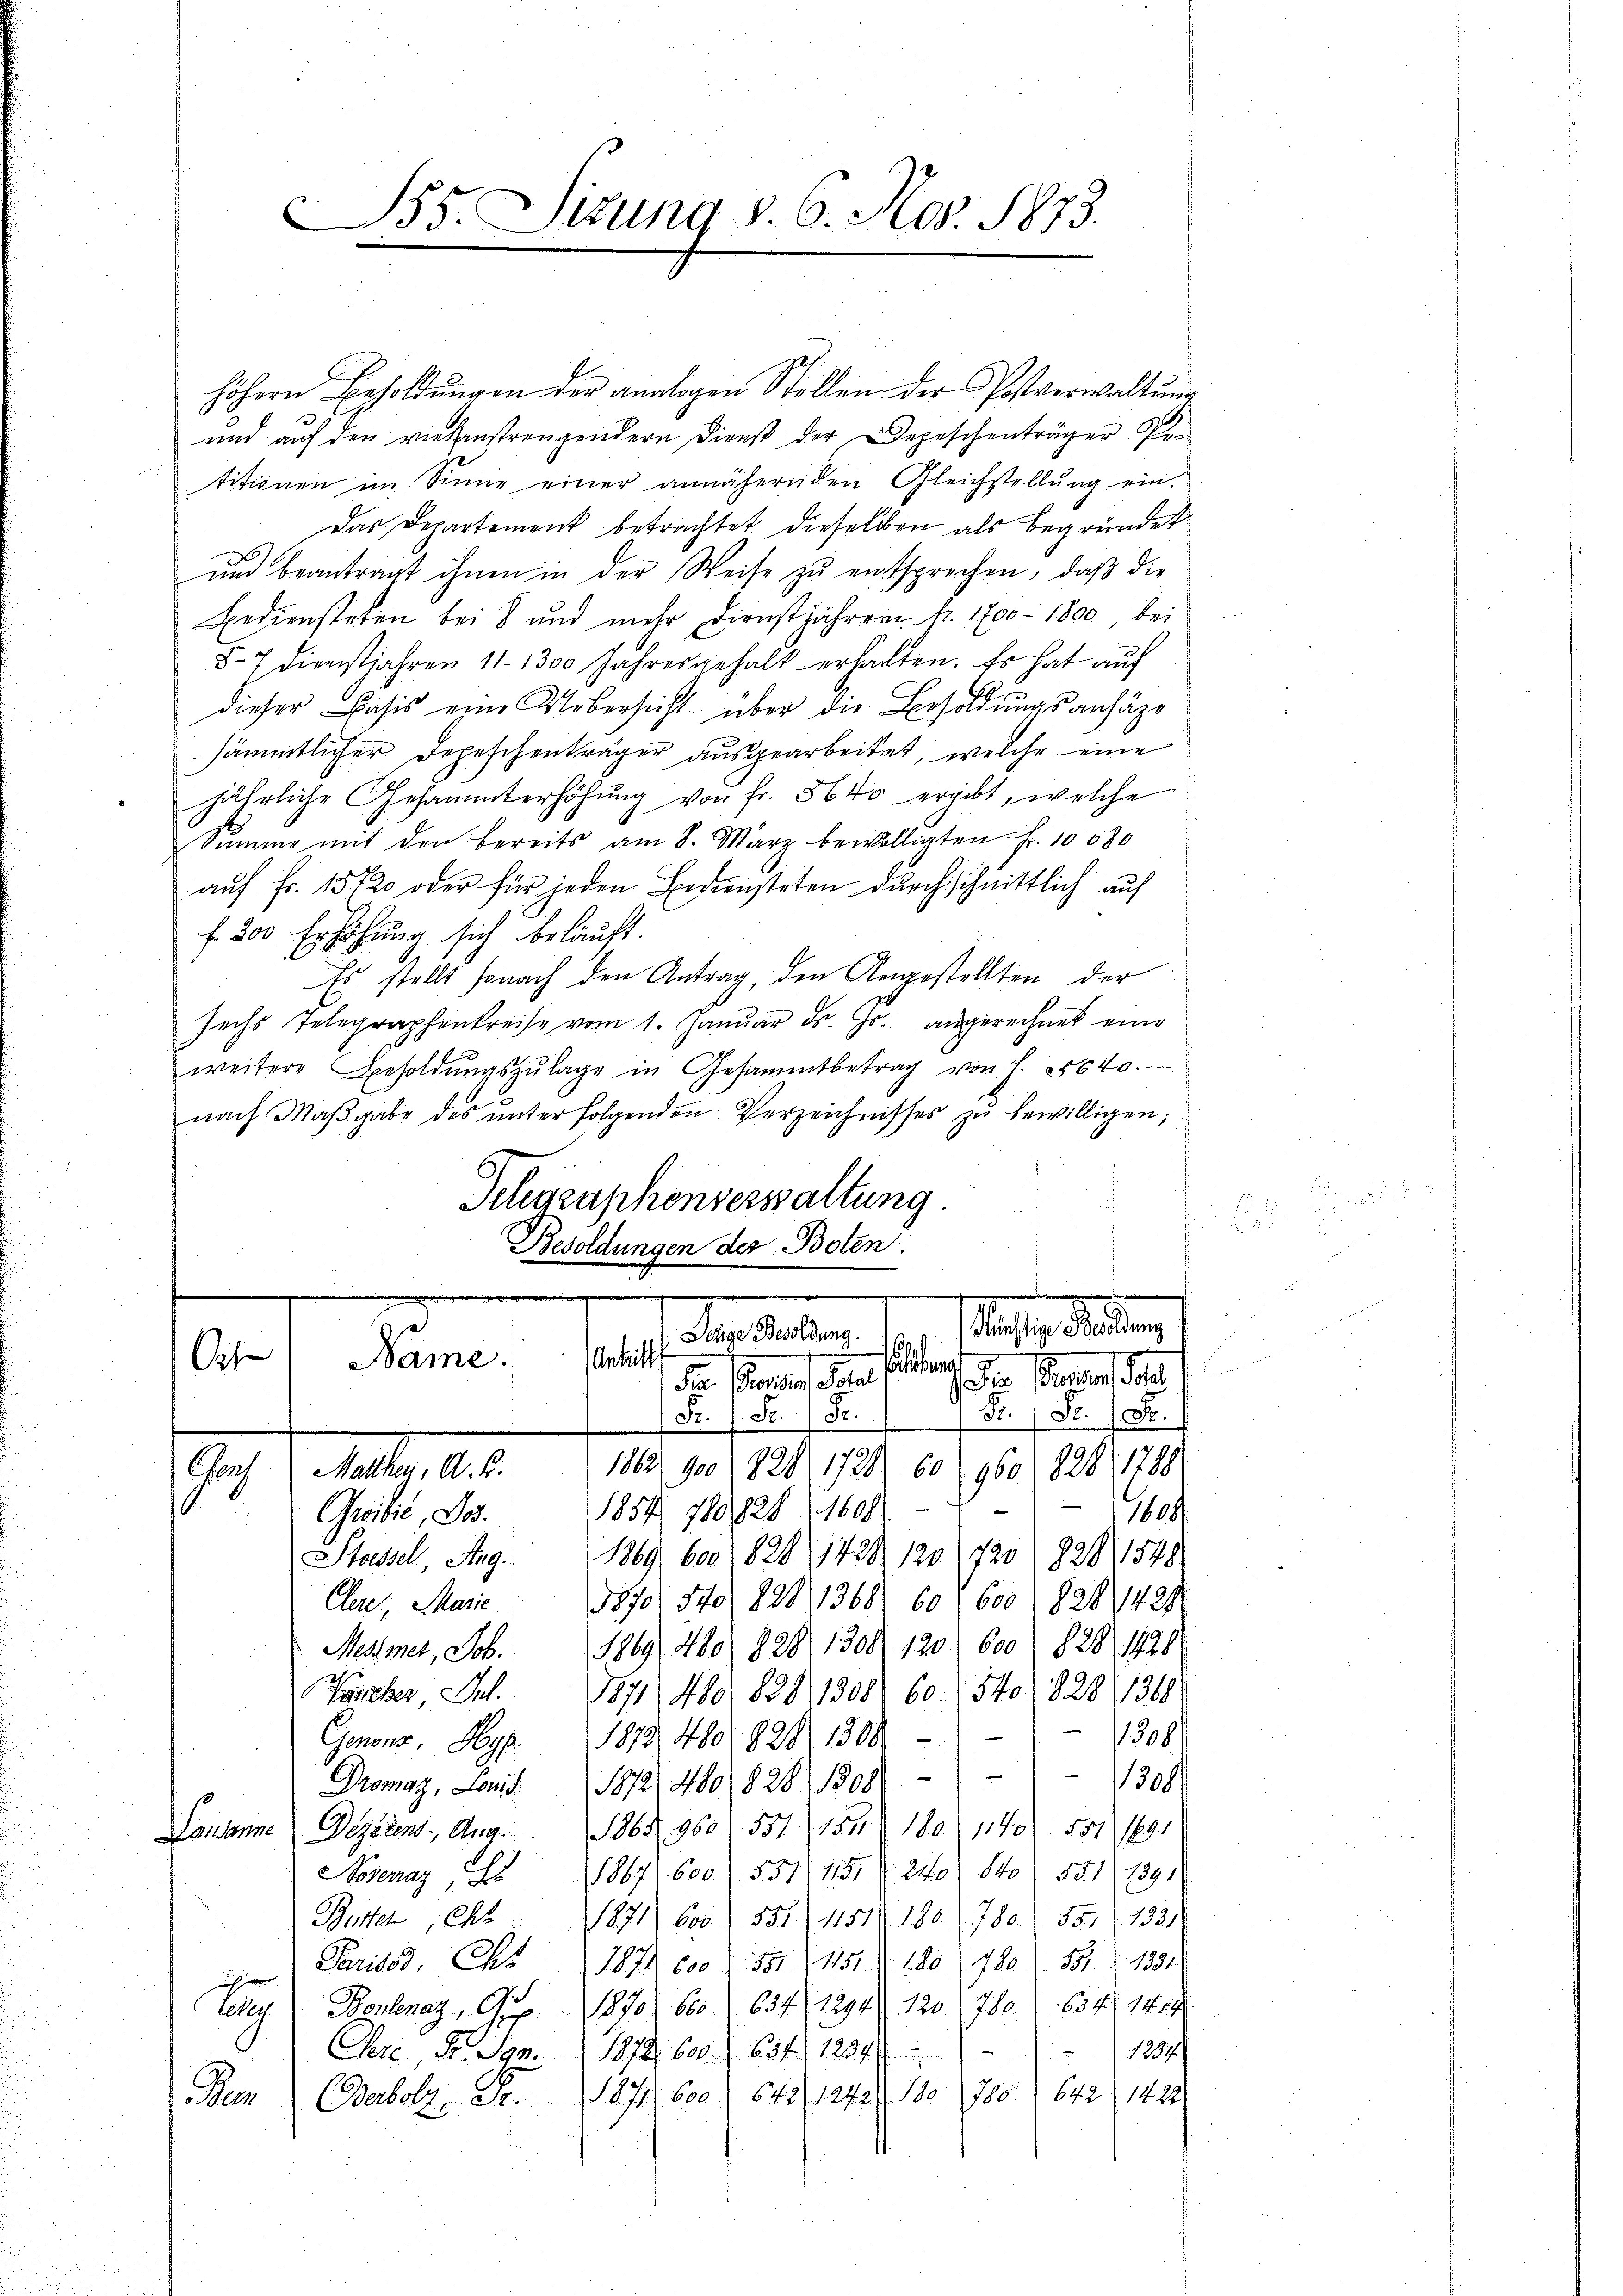
B35. Sizung v. 6. Mos. 1873.
e

höhern Besoldŭngen der analogen Stellen der Postverwaltŭng
und auf den vielenstrengendern Dienst der Depeschenträger Petitionen im Sinne einer annähernden Gleichstellŭng ein
Das Departement betrachtet dieselben als begründet
und beantragt ihnen in der Weise zu entsprochen, daß die
Bediensteten bei 8 und mehr Dienstjahren fr. 1700 - 1800 bei
87 dienstjahren 11. 1300 Jahresgehalt erhalten. Es hat auf
dieser Basis eine Uebersicht über die Besoldungsansäze
sämmtlicher Depeschenträger ausgearbeitet, welche eine
jährliche Gesammterhöhung von fr. 5640 ergibt, welche
Sŭmme mit den bereits am 8. März bewilligten Fr. 10080
aŭf fr. 1512 oder für jeden Bediensteten durchschnittlich auf
f. 300 Erhöhung sich belauft.
Es stellt sonach den Antrag, den Angestellten der
Jechs Telegraphenkreise vom 1. Januar d. Js. angerechnet eine
weitere Besoldŭngszŭlage in Gesammtbetrag von f. 55640.
nach Maβgabe des ŭnter folgenden Verzeichnisses zŭ bewilligen;
d
Telegraphenverwaltung.
Besoldungen der Boten.
x

Künftige Besoldung
Pestaltung
Antritt
Name.
Ort
l
ian Manne des
Die Petente der
Fr.) Fr. (Fr.
Fr.) St. Fr.
1822 900 (828, 1728, 60 (960 (828, 1798.
Aug. d. Mai 1818.
1 1809.
1851 7801828 (1608
Groibić, Jos.
Stossel, Aug. 1869, 600 1828, 1428, 120 (1720 1828, 1548
5870. 540/ 1828, 1368. 60, 600 (828/1421.
Clere Marie
Mehmer, Job. 1869, 480 (1828. 1308. 120. 600 828), 1928
Pamber J. 1871 480. 8281308. 60. 15to 828), 1368
11388
Genonz Hy. 1873 480, 1828 1308)
11300/
Dromaz, Land 1872, 480 1828 1808
Lausanne Dezeren, Aug. 1864, 960. 551. 154. 180 (1140. 551 1891
osenaz, 1867. 600. 531/1151 § 240. 140. 551 1891
Büster, Cht 1871 605 (851) 11518. 180) 780 (551 (1331)
Parisse, Ch. 1187. 600 f 35 (1151 Z 180 (780 (551 (1334)
Ceder Boulenz, Ges. 1870. 600 (634 (1294. 120 (780. 634. 1404
1234
Chri, S. San. 1872, 600. f. 65 f. 1204
Bern Carbolz, Fr. 1871. 600) 642, 1272/ 180 (780), 642/ 1421.

.